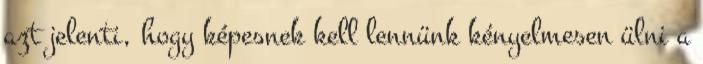
azt jelenti, hogy képesnek kell lennünk kényelmesen ülni a